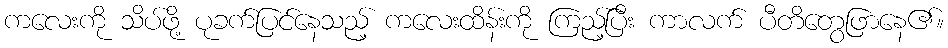
ကလေးကို သိပ်ဖို့ ပုခက်ပြင်နေသည့် ကလေးထိန်းကို ကြည့်ပြီး ကာလက် ပီတိတွေဖြာနေ၏။